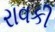
રાવકી